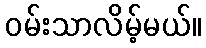
ဝမ်းသာလိမ့်မယ်။